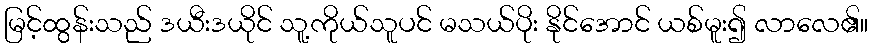
မြင့်ထွန်းသည် ဒယီးဒယိုင် သူ့ကိုယ်သူပင် မသယ်ပိုး နိုင်အောင် ယစ်မူး၍ လာလေ၏။